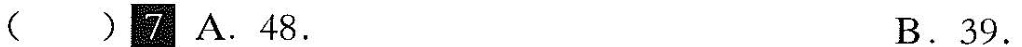
()7 A.48. B.39.